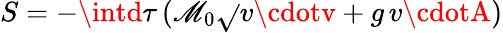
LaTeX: S=-\intd\tau\, (\mathscr{M}_{0}\sqrt{}{{v\cdotv}}+g\, v\cdotA)